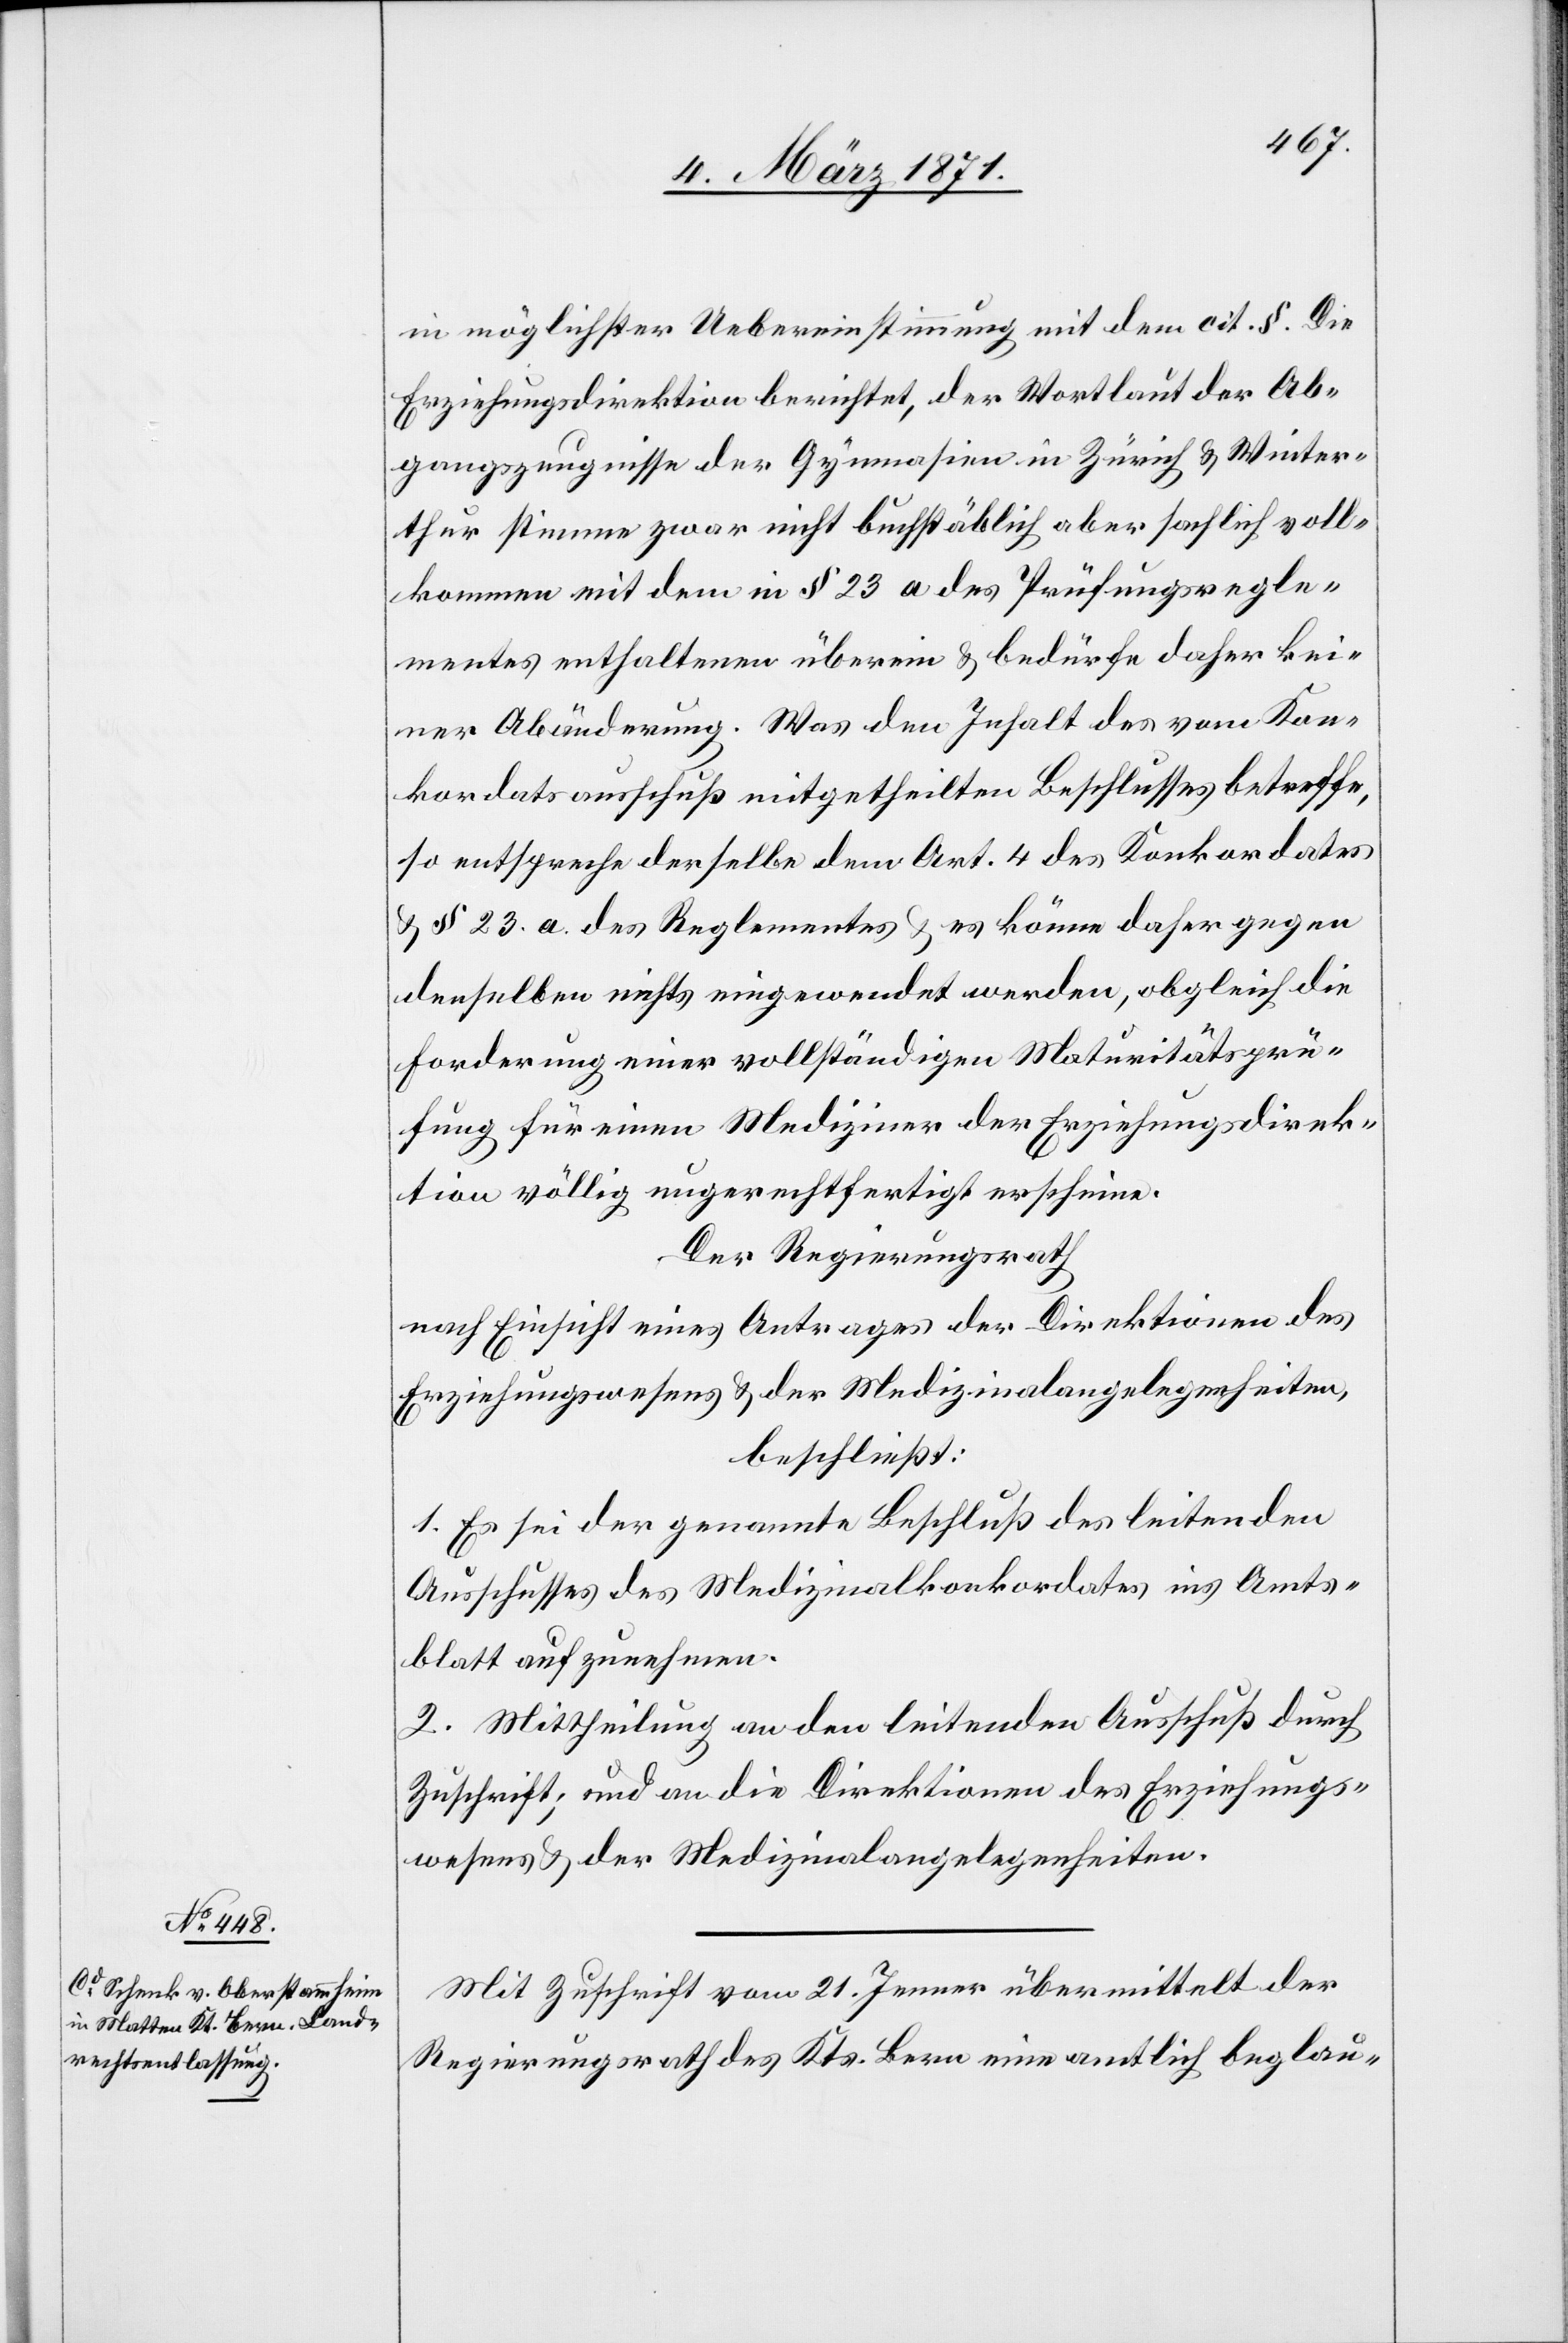
in möglichster Uebereinstimmung mit dem cit. §. Die
Erziehungsdirektion berichtet, der Wortlaut der Ab¬
gangszeugnisse der Gymnasien in Zürich u. Winter¬
thur stimme zwar nicht buchstäblich aber sachlich voll¬
kommen mit dem in § 23 a des Prüfungsregle¬
mentes enthaltenen überein u. bedürfe daher kei¬
ner Abänderung. Was den Inhalt des vom Kon¬
kordatsausschuß mitgetheilten Beschlusses betreffe,
so entspreche derselbe dem Art. 4 des Konkordates
u. § 23. a. des Reglementes u. es könne daher gegen
denselben nichts eingewendet werden, obgleich die
Forderung einer vollständigen Maturitätsprü¬
fung für einen Mediziner der Erziehungsdirek¬
tion völlig ungerechtfertigt erscheine.
Der Regierungsrath
nach Einsicht eines Antrages der Direktion des
Erziehungswesens u. der Medizinalangelegenheiten,
beschließt:
1. Es sei der genannte Beschluß des leitenden
Ausschusses des Medizinalkonkordates ins Amts¬
blatt aufzunehmen.
2. Mittheilung an den leitenden Ausschuß durch
Zuschrift; und an die Direktion des Erziehungs¬
wesen u. der Medizinalangelegenheiten.
Mit Zuschrift vom 21. Jenner übermittelt der
Regierungsrath des Kts. Bern eine amtlich beglau-